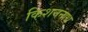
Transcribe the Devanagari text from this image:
किशननाथ